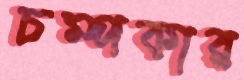
চম্পকার